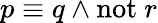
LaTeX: p\equiv q\land\mathrm{not}~r